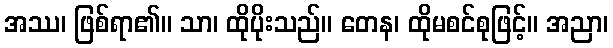
အဿ၊ ဖြစ်ရာ၏။ သာ၊ ထိုပိုးသည်။ တေန၊ ထိုမစင်စုဖြင့်။ အညာ၊